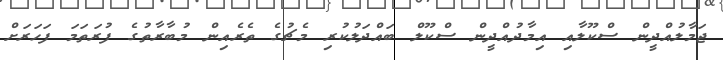
ޖަމާލުއްދީން ސްކޫލާއި އިމާދުއްދީން ސްކޫލް ބައްދަލުކުރި މެޗުގެ ތެރެއިން މުބާރާތުގެ ފުރަތަމަ ފަހަރަށް